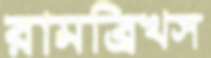
রামব্রিখস